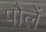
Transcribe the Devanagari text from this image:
पौलें